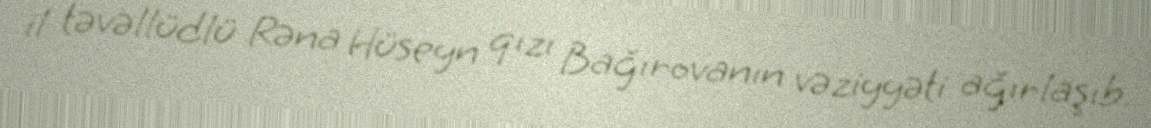
il təvəllüdlü Rəna Hüseyn qızı Bağırovanın vəziyyəti ağırlaşıb.